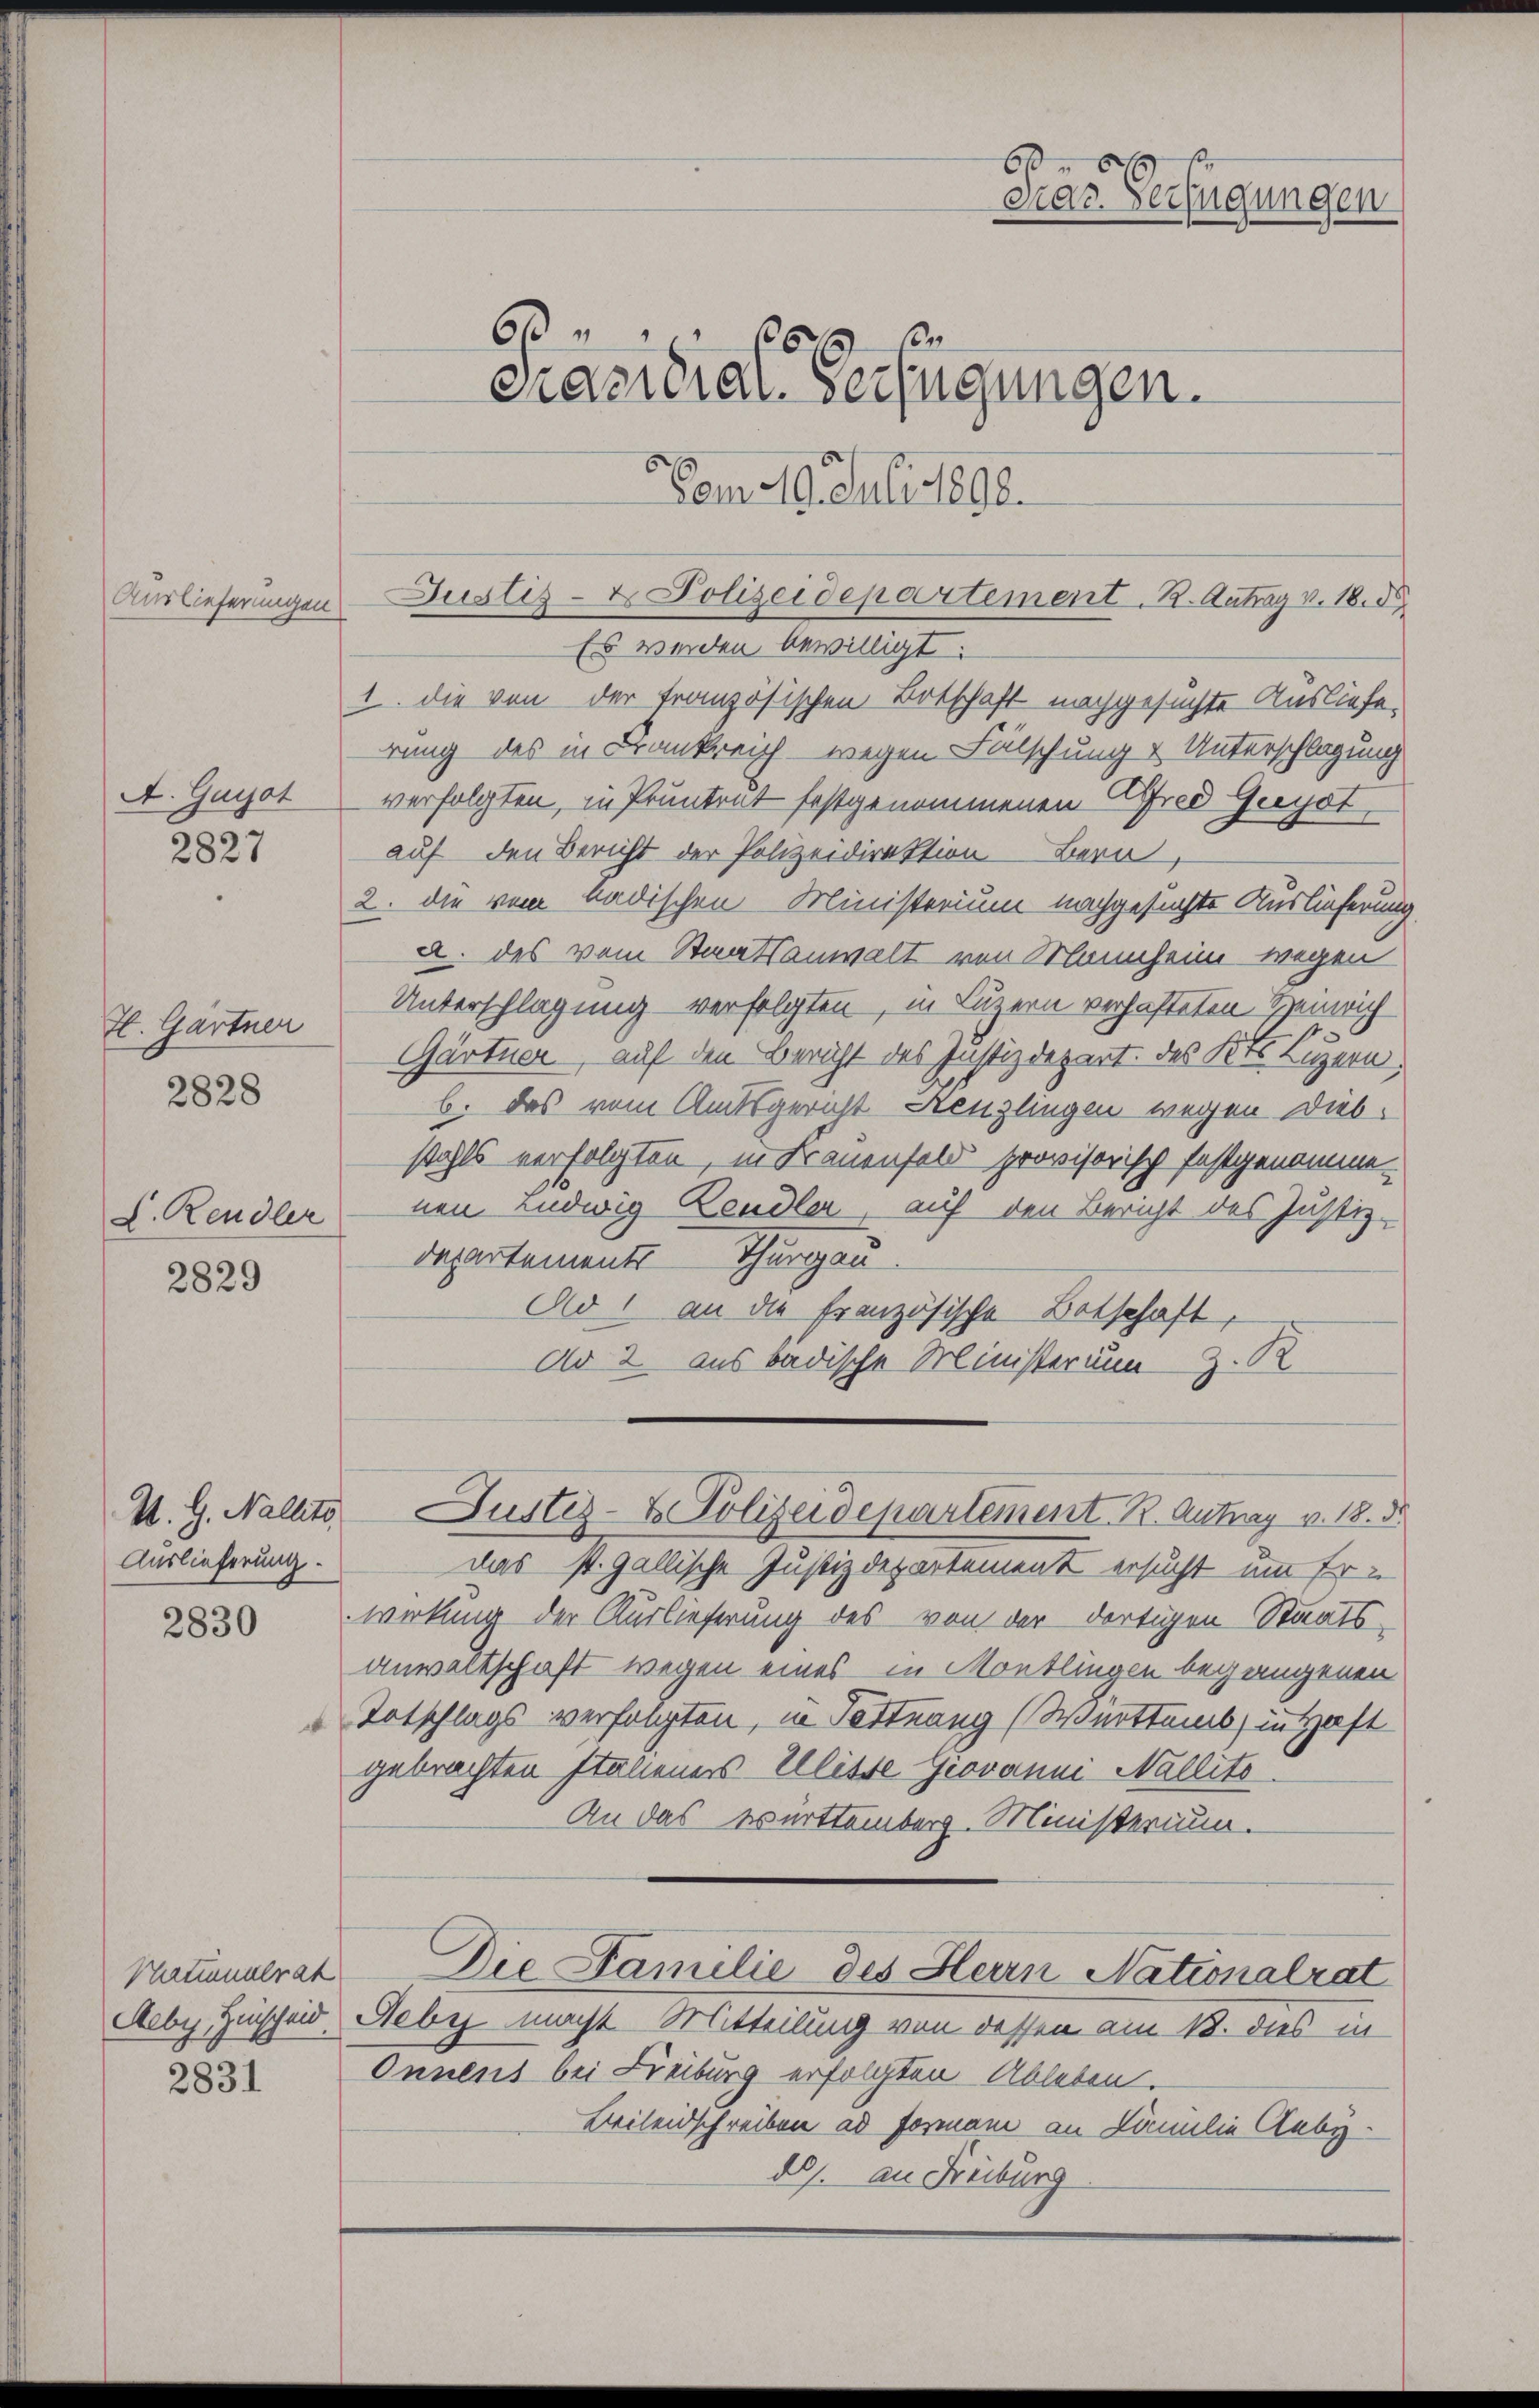
Auslieferungen

A. Gayot

2827

H. Gärtner
2828

L. Reudler

2829

Auslieferung.

2830

2831

Phatumulrat

60
6 x
Crazial-Verfügungen.

Vom 10. Juli 1892.
Justiz- & Polizeidepartement. B. Antrag v. 18. 85
Es werden bewilligt:
1. die von der Französischen Botschaft nachgesuchte Ausliefe,
rung des in Frankreich - wegen Fälschung & Unterschlagung
verfolgten, in Pruntrut festgenommenen Effred Greyst
auf den Bericht der Polizeidirektion Bern,
2. die vom badischen Ministerium nachgesuchte Auslieferung,
a. des vom Staatsanwalt von Mannheim wegen
Unterschlagung verfolgten, in Luzern verhafteten Heinrich
Gärtner, auf den Bericht des Justizdepart des Kts. Luzern
b. das vom Amtsgericht Henzlingen wegen Diebstahls verfolgten, in Frauenfeld provisorisch festgenommenen Ludwig Reudler, auf den Bericht des Justiz-
departements Thurgau
Ad 1 an die französische Botschaft,
Ad 2. aus badische Ministerium z. R.

60
Das Verfügungen

das st. Gallische Justizdepartement ersucht um Er-
wirkung der Auslieferung des von der dortigen Staatsanwaltschaft wegen eines in Montlingen begangenen
Totschlags verfolgten, in Tottrang (Werttemb) in Haft
gebrachten Italieners Ulisse Grovanni Wallite
An das Württemberg. Ministerium.
Die Familie des Herrn Nationalrat
Aeby Hinscheid, Heber macht Mitteilung von dessen am 18. dies in
Onnens bei Freiburg erfolgten Ableben.
Beileidschreiben ad Formani an Familie Clubyds. an Freiburg

U. G. Nachts Justiz- & Polizeidepartement. R. Antrag v. 18. d.